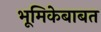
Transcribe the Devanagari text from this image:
भूमिकेबाबत